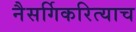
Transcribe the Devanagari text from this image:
नैसर्गिकरित्याच